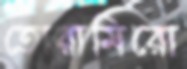
তোরামিরো